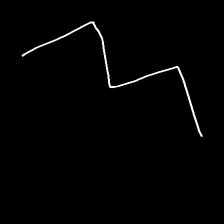
Glyph: crush